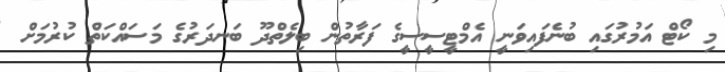
މި ކޯޓް އަމުރުގައި ބުނެފައިވަނީ އެމްޓީސީސީގެ ފަރާތުން ބިލެތްދޫ ބަނދަރުގެ މަސައްކަތް ކުރުމަށް